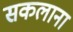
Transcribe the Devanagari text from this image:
सकलाना